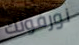
نورفولك